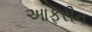
આફરીન